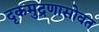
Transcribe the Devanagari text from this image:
दृकमुद्रणासोबत